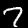
Digit: 7